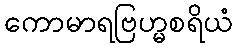
ကောမာရဗြဟ္မစရိယံ